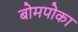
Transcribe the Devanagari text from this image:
बोमपोका